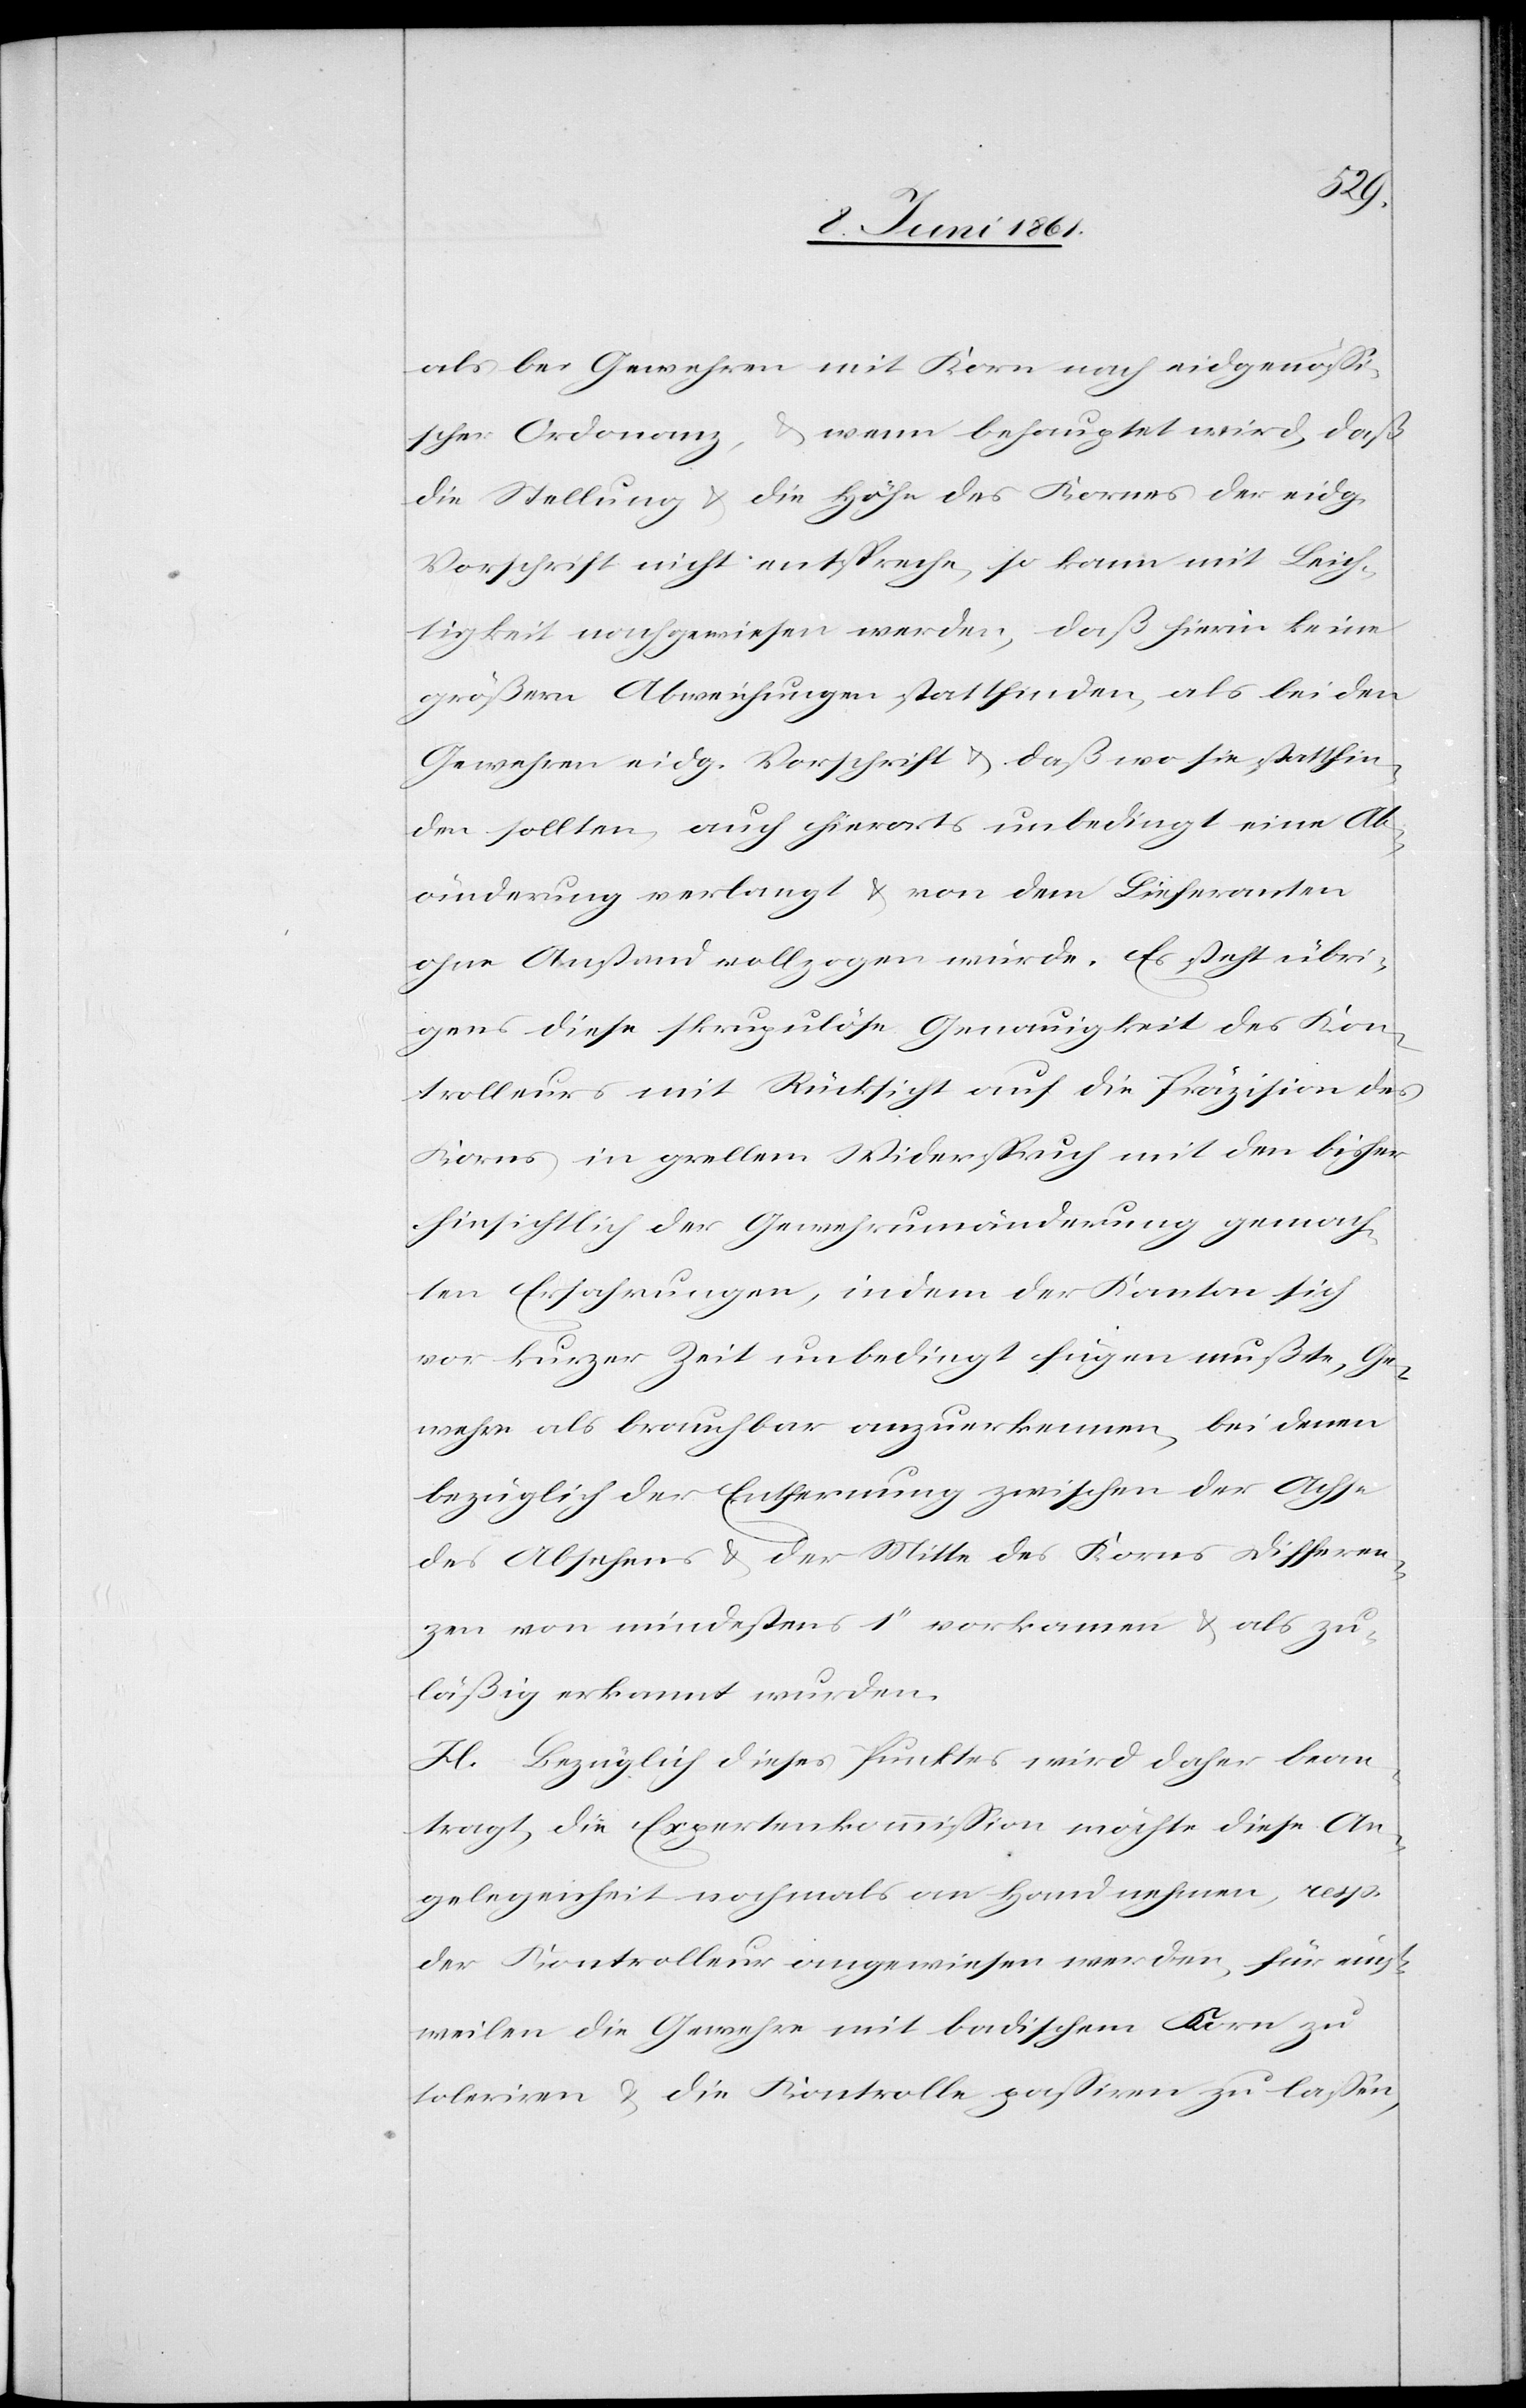
als bei Gewehren mit Korn nach eidgenössi¬
scher Ordonanz, u. wenn behauptet wird, daß
die Stellung u. die Höhe des Kornes der eidg.
Vorschrift nicht entspreche, so kann mit Leich¬
tigkeit nachgewiesen werden, daß hierin keine
größern Abweichungen stattfinden, als bei den
Gewehren eidg. Vorschrift u. daß wo sie stattfin¬
den sollten, auch hierorts unbedingt eine Ab¬
änderung verlangt u. von dem Lieferanten
ohne Anstand vollzogen würde. Es steht übri¬
gens diese skrupulöse Genauigkeit des Kon¬
trolleurs mit Rücksicht auf die Präzision des
Korns in grellem Widerspruch mit den bisher
hinsichtlich der Gewehrumänderung gemach¬
ten Erfahrungen, indem der Kanton sich
vor kurzer Zeit unbedingt fügen mußte, Ge¬
wehre als brauchbar anzuerkennen, bei denen
bezüglich der Entfernung zwischen der Achse
des Absehens u. der Mitte des Korns Differen¬
zen von mindestens 1’’ vorkamen u. als zu¬
läßig erkannt wurden.
H. Bezüglich dieses Punktes wird daher bean¬
tragt, die Expertenkommission möchte diese An¬
gelegenheit nochmals an Hand nehmen, resp.
der Kontrolleur angewiesen werden, für einst¬
weilen Gewehre mit badischem Korn zu
toleriren u. die Kontrolle passiren zu lassen,